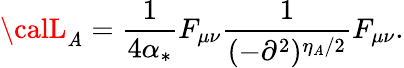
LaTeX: {\calL}_{\mathit{A}}=\frac{{1}}{{4\alpha_{*}}}F_{\mu\nu}\frac{{1}}{{(-\partial^{2})^{\eta_{\mathit{A}}/2}}}F_{\mu\nu}.